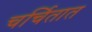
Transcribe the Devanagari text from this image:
चर्चितात